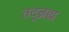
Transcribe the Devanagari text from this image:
तद्ब्रह्म